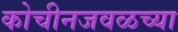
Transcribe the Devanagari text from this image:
कोचीनजवळच्या